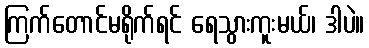
ကြက်တောင်မရိုက်ရင် ရေသွားကူးမယ်၊ ဒါပဲ။